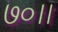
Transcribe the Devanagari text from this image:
७०।।